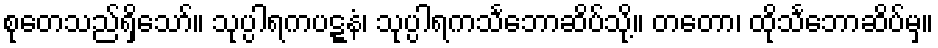
စုတေသည်ရှိသော်။ သုပ္ပါရကပဋ္ဋနံ၊ သုပ္ပါရကသင်္ဘောဆိပ်သို့။ တတော၊ ထိုသင်္ဘောဆိပ်မှ။